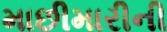
માછીમારીની